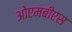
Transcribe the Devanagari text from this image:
ओएमबीएस